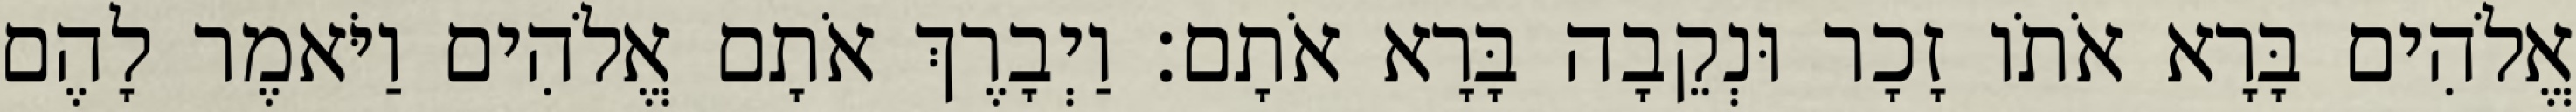
אֱלֹהִים בָּרָא אֹתֹו זָכָר וּנְקֵבָה בָּרָא אֹתָם׃ וַיְבָרֶךְ אֹתָם אֱלֹהִים וַיֹּאמֶר לָהֶם